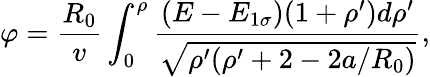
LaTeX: \varphi=\frac{R_{0}}{v}\int_{0}^{\rho}\frac{(E-E_{1\sigma})(1+\rho^{\prime})d\rho^{\prime}}{\sqrt{\rho^{\prime}(\rho^{\prime}+2-2a/R_{0})}},